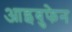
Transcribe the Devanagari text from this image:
आइबुफेन